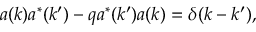
a ( k ) a ^ { * } ( k ^ { \prime } ) - q a ^ { * } ( k ^ { \prime } ) a ( k ) = \delta ( k - k ^ { \prime } ) ,